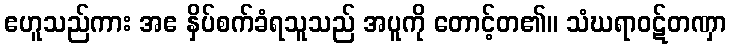
ဧဟူသည်ကား အဧ နှိပ်စက်ခံရသူသည် အပူကို တောင့်တ၏။ သံဃရာဝဋ်တဏှာ